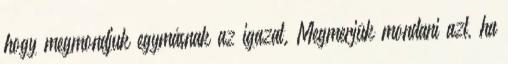
hogy megmondjuk egymásnak az igazat. Megmerjük mondani azt, ha